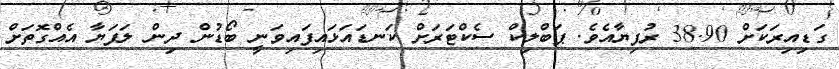
ގަޑިއިރަކަށް 38.90 ރުފިޔާއެވެ. ޕަބްލިކް ސެކްޓަރަށް ކަނޑައަޅައިފައިވަނީ ބޯޑުން ދިން ލަފަޔާ އެއްގޮތަށް